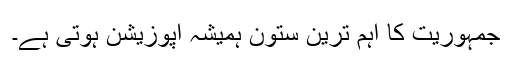
جمہوریت کا اہم ترین ستون ہمیشہ اپوزیشن ہوتی ہے۔